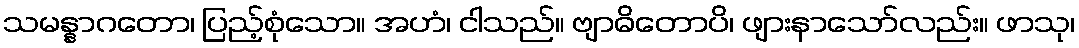
သမန္နာဂတော၊ ပြည့်စုံသော။ အဟံ၊ ငါသည်။ ဗျာဓိတောပိ၊ ဖျားနာသော်လည်း။ ဖာသု၊